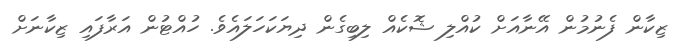
ޒިކާން ފެނުމުން އޭނާއަށް ކުއްލި ޝޮކެއް ލިބިގެން ދިޔަކަހަލައެވެ. ހުއްޓުން އަރާފައި ޒިކާނަށް